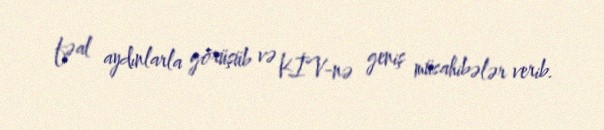
fəal aydınlarla görüşüb və KİV-nə geniş müsahibələr verib.